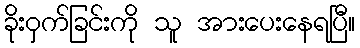
ခိုးဝှက်ခြင်းကို သူ အားပေးနေရပြီ။